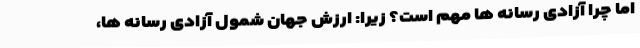
اما چرا آزادی رسانه ها مهم است؟ زیرا: ارزش جهان شمول آزادی رسانه ها،